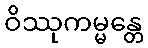
ဝိဿုကမ္မန္တေ